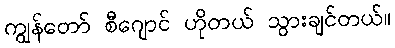
ကျွန်တော် စီဂျောင် ဟိုတယ် သွားချင်တယ်။